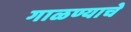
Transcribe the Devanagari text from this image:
गाळण्याचे